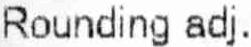
ROUNDING ADJ.